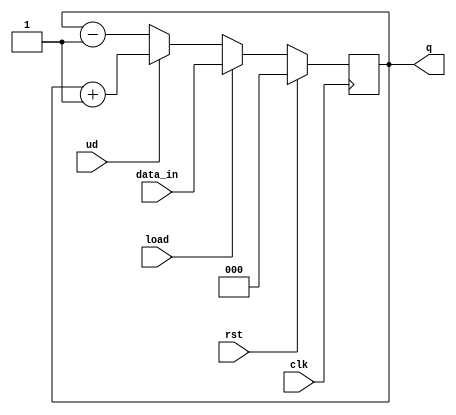

module n_up_down #(parameter n = 3)(input clk,rst,load,ud,input [(n-1):0]data_in,output reg [(n-1):0]q);
	always@(posedge clk)
	begin 
		if(rst)
		q<=4'd0;
		else if(load==1)
		q<=data_in;
		
		else if (ud==1)
		q<=q+1;
	
		else
		q<=q-1;

		end

endmodule